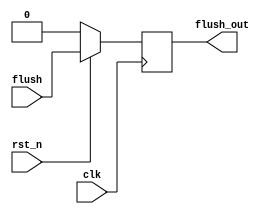
module flushD (input clk, rst_n,
               input flush,
               output reg flush_out);
always @(posedge clk) begin
  if (!rst_n) 
    flush_out <=0;
  else
    flush_out <=flush;
end
endmodule